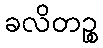
ခလိတဉ္စ